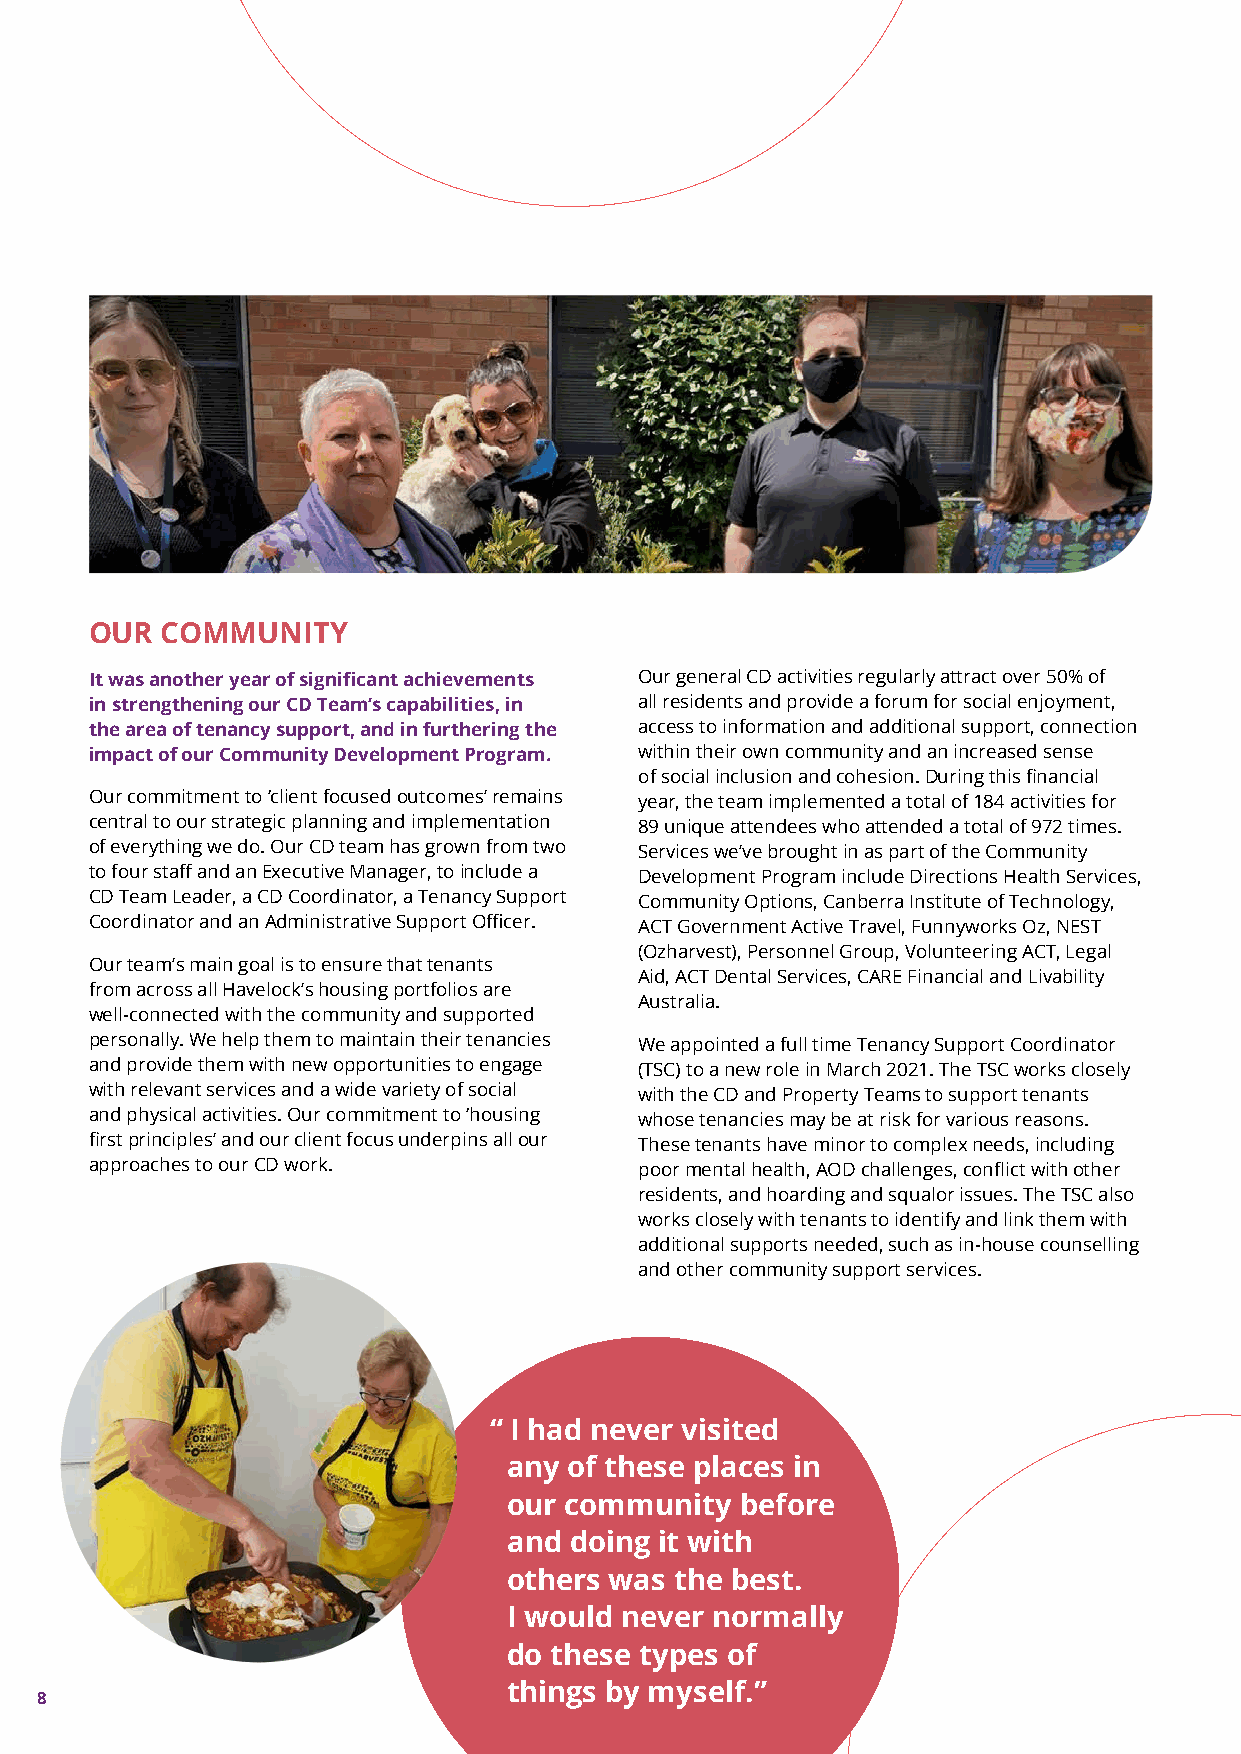
OUR  COMMUNITY
 It was another year of significant achievements Our general CD activities regularly attract over 50% of
 in strengthening our CD Team’s capabilities, in all residents and provide a forum for social enjoyment,
 the area of tenancy support, and in furthering the access to information and additional support, connection
 impact of our Community Development Program. within their own community and an increased sense
 of social inclusion and cohesion. During this financial
 Our commitment to ‘client focused outcomes’ remains year, the team implemented a total of 184 activities for
 central to our strategic planning and implementation 89 unique attendees who attended a total of 972 times.
 of everything we do. Our CD team has grown from two Services we’ve brought in as part of the Community
 to four staff and an Executive Manager, to include a Development Program include Directions Health Services,
 CD Team Leader, a CD Coordinator, a Tenancy Support Community Options, Canberra Institute of Technology,
 Coordinator and an Administrative Support Officer. ACT Government Active Travel, Funnyworks Oz, NEST
 (Ozharvest), Personnel Group, Volunteering ACT, Legal
 Our team’s main goal is to ensure that tenants
 Aid, ACT Dental Services, CARE Financial and Livability
 from across all Havelock’s housing portfolios are
 Australia.
 well-connected with the community and supported
 personally. We help them to maintain their tenancies We appointed a full time Tenancy Support Coordinator
 and provide them with new opportunities to engage (TSC) to a new role in March 2021. The TSC works closely
 with relevant services and a wide variety of social with the CD and Property Teams to support tenants
 and physical activities. Our commitment to ‘housing whose tenancies may be at risk for various reasons.
 first principles’ and our client focus underpins all our These tenants have minor to complex needs, including
 approaches to our CD work.          poor mental health, AOD challenges, conflict with other
 residents, and hoarding and squalor issues. The TSC also
 works closely with tenants to identify and link them with
 additional supports needed, such as in-house counselling
 and other community support services.
 “ I had never visited
 any of these places in
 our community  before
 and doing it with
 others was the best.
 I would never normally
 do these types of
 things by myself.”
 8